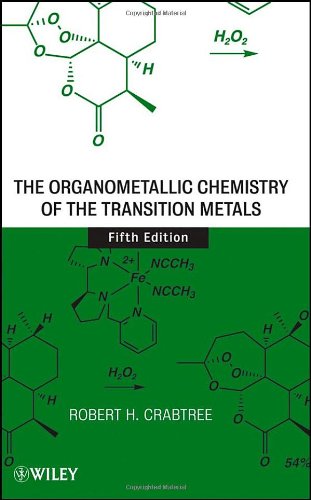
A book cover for The Organometallic Chemistry of the Transition Metals; Robert H. Crabtree; Science & Math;